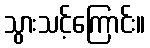
သွားသင့်ကြောင်း။